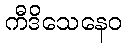
ကီဒိသေနေဝ